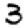
Digit: 3